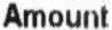
AMOUNT